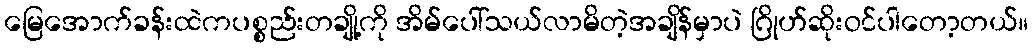
မြေအောက်ခန်းထဲကပစ္စည်းတချို့ကို အိမ်ပေါ်သယ်လာမိတဲ့အချိန်မှာပဲ ဂြိုဟ်ဆိုးဝင်ပါတော့တယ်။